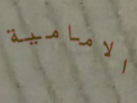
الامامية